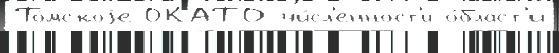
То́мскоjе ОКАТО чи́сл'енност'и о́бласт'и